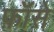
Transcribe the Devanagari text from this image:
फ़ॉसे